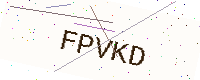
Text: FPVKD